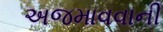
અજમાવવાની